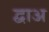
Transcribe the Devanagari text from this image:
द्वाअ